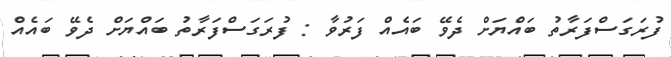
ފުރަގަސްފަރާތު ބައްޔަށް ދެވޭ ބައެއް ފަރުވާ : ފުރަގަސްފަރާތު ބައްޔަށް ދެވޭ ބައެއް